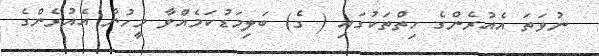
ނުވަތަ އެއުރެންގެ ހިތްތަކުގައި ( ގެ) ބަލިމަޑުކަމެއްވާ މީހުން އެއުރެންގެ